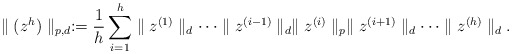
\begin{align*}\parallel (z^{h})\parallel_{p,d}:=\frac{1}{h}\sum_{i=1}^{h}\parallel z^{(1)}\parallel_d\cdots\parallel z^{(i-1)}\parallel_d\parallel z^{(i)}\parallel_p\parallel z^{(i+1)}\parallel_d\cdots\parallel z^{(h)}\parallel_d.\end{align*}